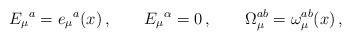
\begin{align*}E_\mu{}^a = e_\mu{}^a(x)\,,\qquad E_\mu{}^\alpha = 0\,,\qquad\Omega_\mu^{ab}=\omega^{ab}_\mu(x)\,,\end{align*}